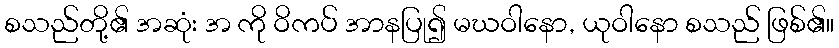
စသည်တို့၏ အဆုံး အ ကို ဝိကပ် အာနပြု၍ မဃဝါနော, ယုဝါနော စသည် ဖြစ်၏။